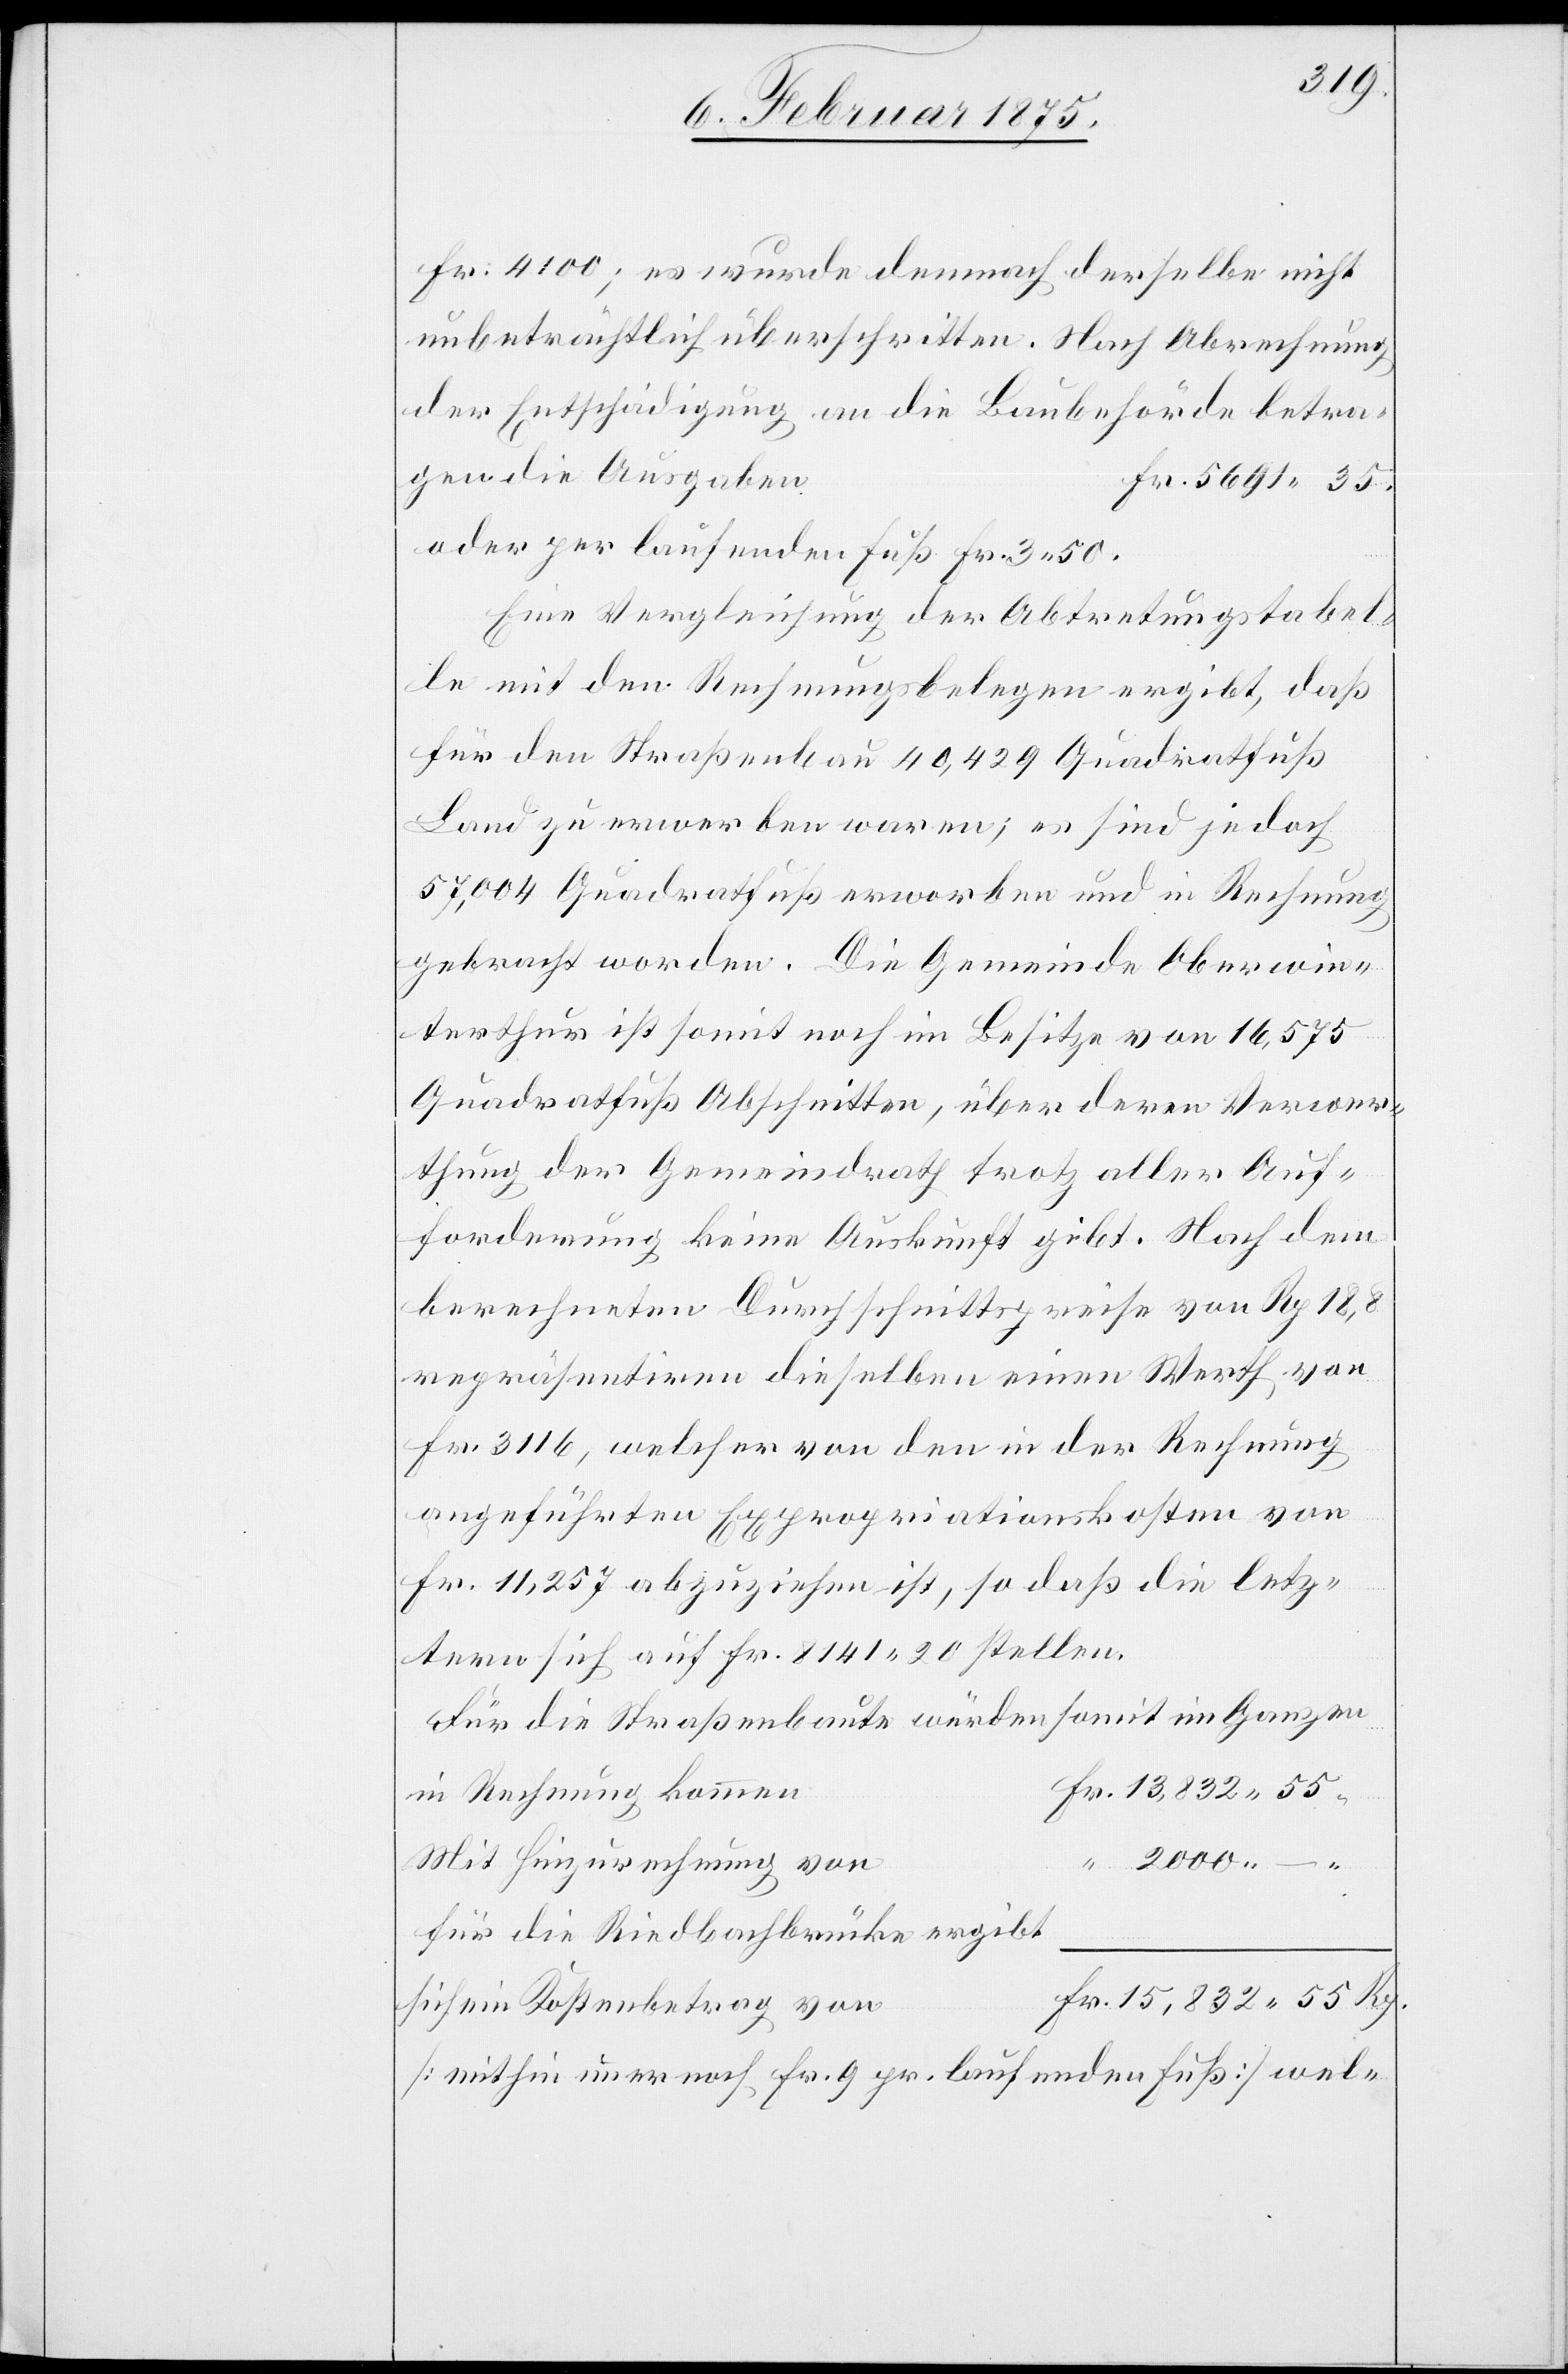
5691.
Fr. 4100; es wurde demnach derselbe nicht
unbeträchtlich überschritten. Nach Abrechnung
der Entschädigung an die Baubehörden betragen
oder per laufenden Fuß Fr. 3. 50.
Eine Vergleichung der Abtretungstabel¬
le mit den Rechnungsbelegen ergibt, daß
für den Straßenbau 40,429 Quadratfuß
Land zu erwerben waren; es sind jedoch
57,004 Quadratfuß erworben und in Rechnung
gebrach worden. Die Gemeinde Oberwin¬
terthur ist somit noch im Besitze von 16,575
Quadratfuß Abschnitten, über deren Verwer¬
thung der Gemeindrath trotz aller Auf¬
forderung keine Auskunft gibt. Nach dem
berechneten Durchschnittspreise von Rp. 18,8
repräsentiren dieselben einen Werth von
Fr. 3116, welcher von den in der Rechnung
angeführten Expropriationskosten von
Fr. 11,257 abzuziehen ist, so daß die letz¬
tern sich auf Fr. 8141. 20 stellen.
Für die Straßenbaute würden somit im Ganzen
in Rechnung kommen
Mit Hinzurechnung von
2000.
für die Riedbachbrücke ergibt
sich ein Kostenbetrag von